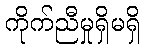
ကိုက်ညီမှုရှိမရှိ